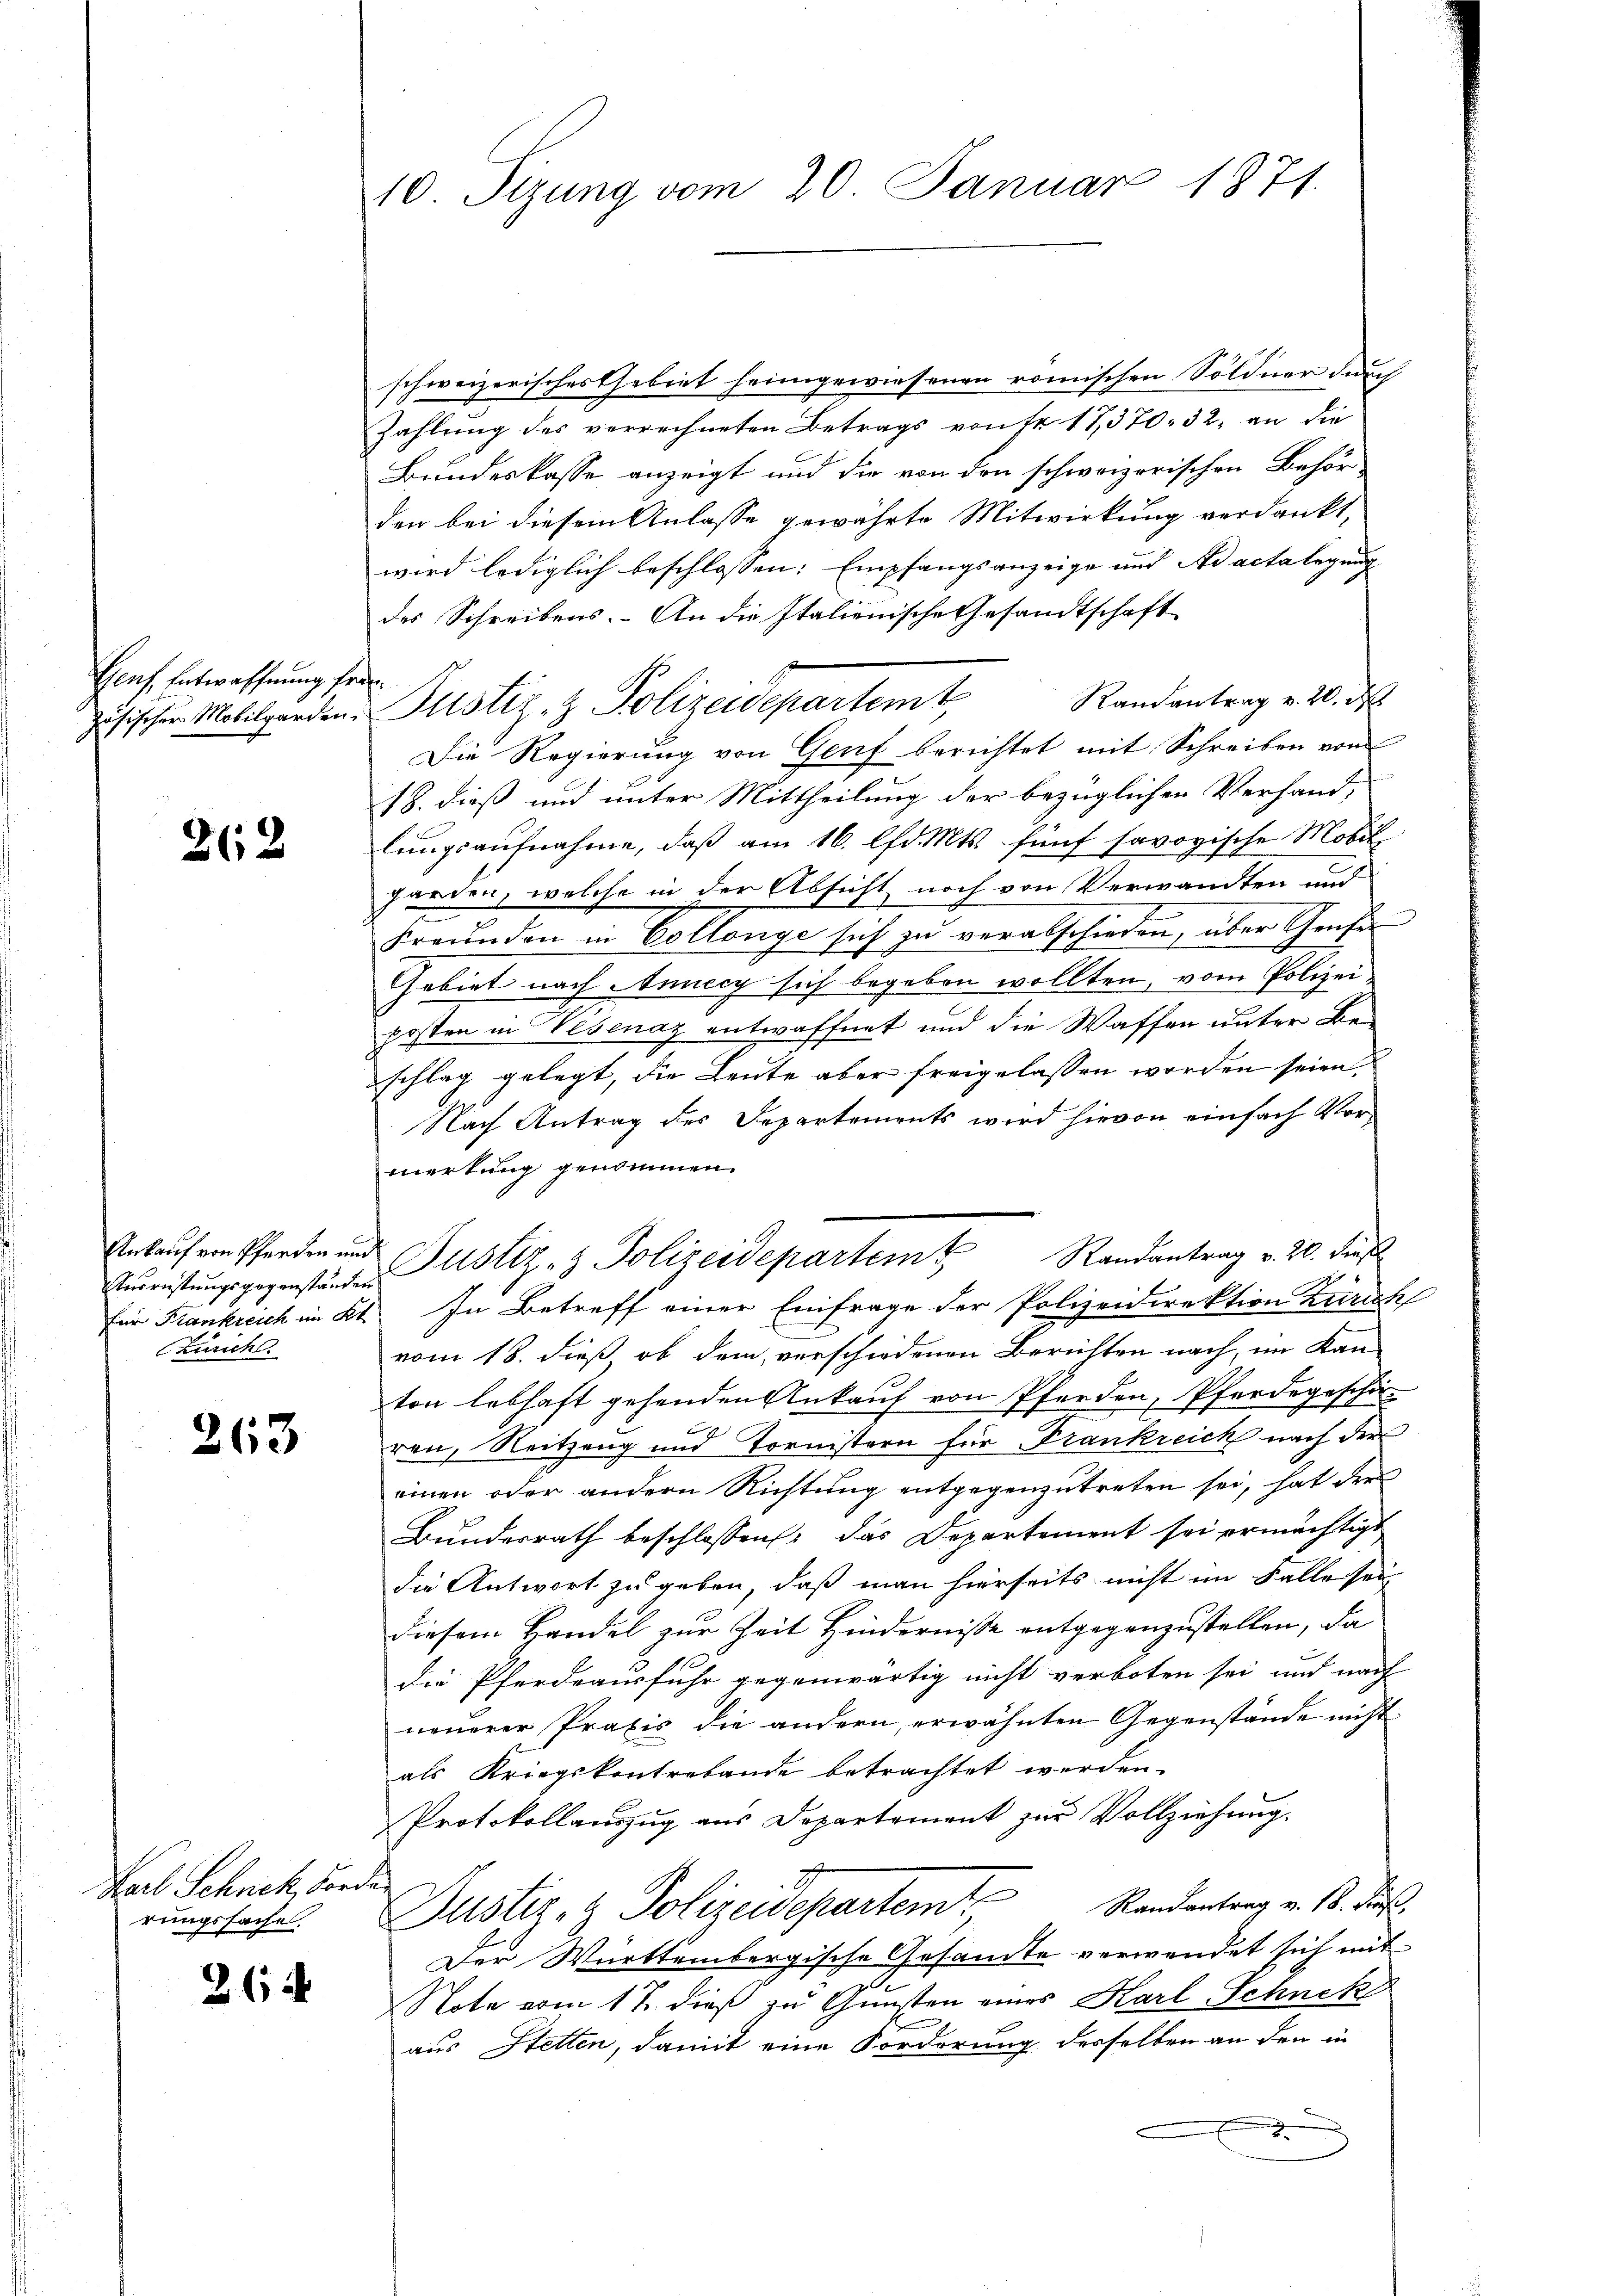
Genf, Entwaffnung fer
zösischer Mobilgarden.

212

Ankauf von Pferden und
Ausrüstungsgegenständen
für Frankreich im Kt.
Zürich

263

Karl Schnik vor.
rungssache.

264

10 Sizung vom 20. Januar 1871.

schweizerisches Gebiet heimgewiesenen römischen Söldner durch
Zahlung des verrechneten Betrags von Fr. 17370. 32. an die
Bundeskasse anzeigt und die von den schweizerischen Behörden bei diesem Anlasse gewährte Mitwirkung verdankt,
wird lediglich beschlossen: Empfangsanzeige und Ad acta legung
des Schreibens. An die Italienische Gesandtschaft
t
Justiz- & Polizeidepartemt, Randantrag v. 20. d
Die Regierung von Genf berichtet mit Schreiben von
18. dieß und unter Mittheilung der bezüglichen Verfand,
lungsaufnahme, daß am 16. lfd. Mts. fünf savoyische Mobil
forden, welche in der Absicht noch von Verwandten und
Freunden in Collenge sich zu verabschieden, über Grafe
Gebiet nach Annecy sich begeben wollten, vom Polizei
posten in Visenaz entwaffnet und die Waffen unter Beschlag gelegt, die Leute aber freigelassen worden seien.
Nach Antrag des Separtements wird hievon einfach Vormerkung genommen.
In Betreff einer Einfrage der Polizeidirektion Zürich
vom 18. dieß, ob dem verschiedenen Berichten nach, im Kan-
ton lebhaft gehenden Ankauf von Pferden, Pferdegeschäf
ren, Reitzung und Tornistern für Frankreich nach der
einen oder andern Richtung entgegenzutreten sei, hat der
Bundesrath beschlossen, das Departement sei ermächtigt
die Antwort zu geben, daß man hierseits nicht im Falle sei
diesem Handel zur Zeit Hindernisse entgegenzustellen, da
die Pferdeausfuhr gegenwärtig nicht verboten sei und nach
neuerer Praxis die andern erwähnten Gegenstände nicht
als Kriegskontrabande betrachtet werden.
Protokollauszug aus Departement zur Vollziehung.
i
Justiz- & Polizeidepartem Randantrag v. 18. ds.
Der Württembergische Gesandte verwendet sich mit
Note vom 17. dieß zu Gunsten eines Karl Schnete
aus Stetten, damit eine Forderung derselben an den in

Justiz- & Polizeidepartem Randantrag v. 20. Finsl